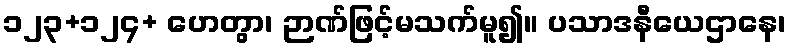
၁၂၃+၁၂၄+ ဟေတွာ၊ ဉာဏ်ဖြင့်မသက်မူ၍။ ပသာဒနီယေဌာနေ၊